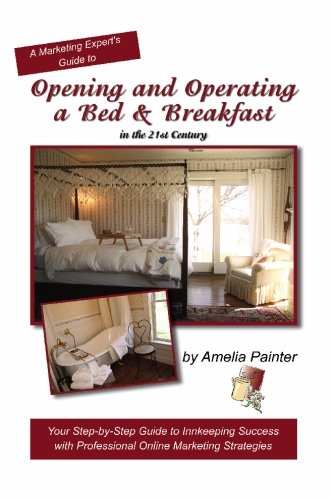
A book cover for Opening and Operating a Bed & Breakfast in the 21st Century: Your Step-By-Step Guide to Inn Keeping Success with Professional Online Marketing Strategies; Amelia Painter; Travel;